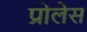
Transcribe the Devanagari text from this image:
प्रोलेस